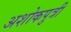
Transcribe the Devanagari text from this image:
अशोकपुत्री